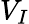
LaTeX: V_{I}